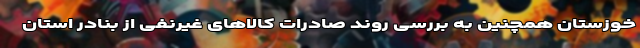
خوزستان همچنین به بررسی روند صادرات کالاهای غیرنفی از بنادر استان